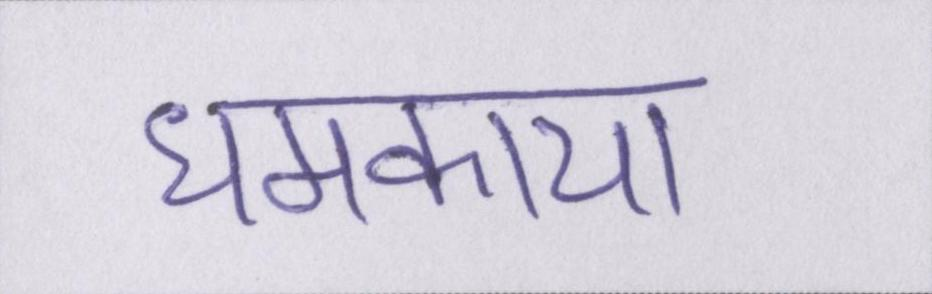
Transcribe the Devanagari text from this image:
धमकाया